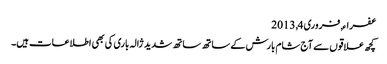
عفراء, ‏فروری 4, 2013
کچھ علاقوں سے آج شام بارش کے ساتھ ساتھ شدید ژالہ باری کی بھی اطلاعات ہیں۔